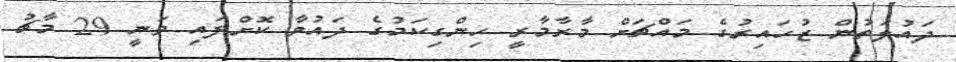
ދައުލަތުން ޒުހައިރުގެ މައްޗަށް މާރާމާރީ ހިންގިކަމުގެ ދައުވާ ކޮށްފައި ވަނީ 29 މާޗު